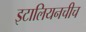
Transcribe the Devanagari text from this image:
इटालियनचीच